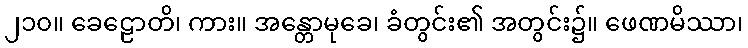
၂၁၀။ ခေဠောတိ၊ ကား။ အန္တောမုခေ၊ ခံတွင်း၏ အတွင်း၌။ ဖေဏမိဿာ၊